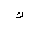
Letter: _kaf